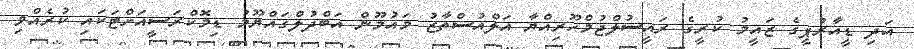
އަދި ޑީއާރުޕީގެ ޒައީމު ކުރީގެ ރައީސުލްޖުމްހޫރިއްޔާ އަލްއުސްތާޒު މައުމޫން އަބްދުލްގައްޔޫމު ޑިމޮކްރަސީއަށްޓަކައި ކުރެއްވި